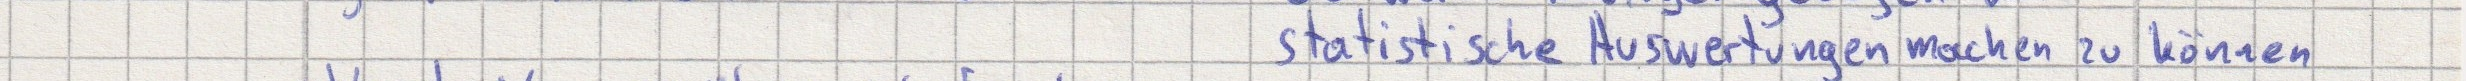
statistische Auswertungen machen zu können